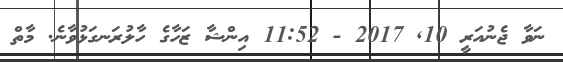
ނަވާ ޖެނުއަރީ 10